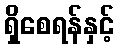
ရှိစေရန်နှင့်